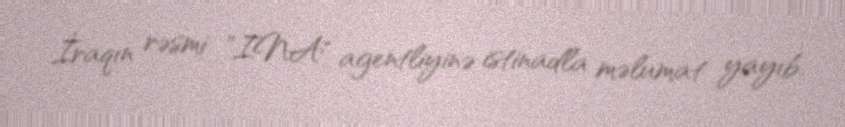
İraqın rəsmi "INA" agentliyinə istinadla məlumat yayıb.